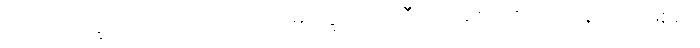
ပါတိမောက္ခသံဝရသံဝုတာ၊ ပါတိမောက္ခသံဝရသီလကိုစောင့်စည်းကုန်သည်ဖြစ်၍။